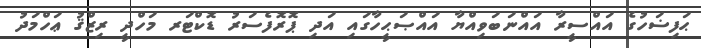
ޙަފިޟަހުގެ އައްސީރާ އައްނަބަވިއްޔާ އައްޞަޙީހާގައި އަދި ޕޮރޮފެސަރު ޑޮކްޓަރ މަހްދީ ރިޒްޤު ޢަހްމަދު